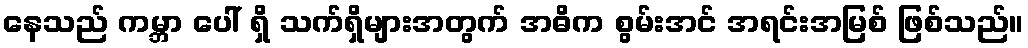
နေသည် ကမ္ဘာ ပေါ် ရှိ သက်ရှိများအတွက် အဓိက စွမ်းအင် အရင်းအမြစ် ဖြစ်သည်။